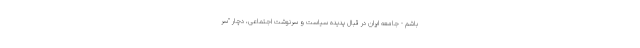
باشم - جامعه ایران در قبال پدیده سیاست و سرنوشت اجتماعی، دچار "سِر